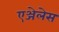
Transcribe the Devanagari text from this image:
एञ्जेलेस